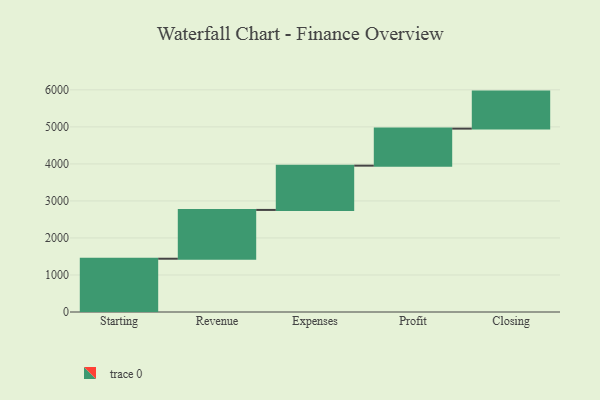
{"axis": {"x": "Step", "y": "Value"}, "legend": [""], "data": [{"x": "Starting", "y": 1439.0, "type": ""}, {"x": "Revenue", "y": 1318.0, "type": ""}, {"x": "Expenses", "y": 1196.0, "type": ""}, {"x": "Profit", "y": 1000, "type": ""}, {"x": "Closing", "y": 1000, "type": ""}]}